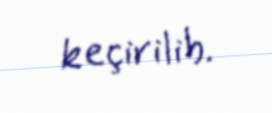
keçirilib.